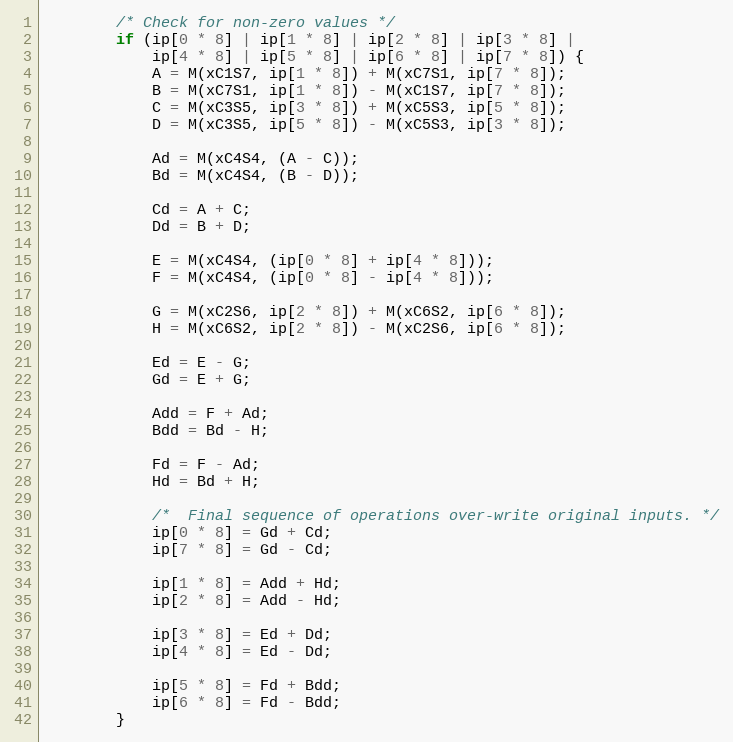
Language: C
        /* Check for non-zero values */
        if (ip[0 * 8] | ip[1 * 8] | ip[2 * 8] | ip[3 * 8] |
            ip[4 * 8] | ip[5 * 8] | ip[6 * 8] | ip[7 * 8]) {
            A = M(xC1S7, ip[1 * 8]) + M(xC7S1, ip[7 * 8]);
            B = M(xC7S1, ip[1 * 8]) - M(xC1S7, ip[7 * 8]);
            C = M(xC3S5, ip[3 * 8]) + M(xC5S3, ip[5 * 8]);
            D = M(xC3S5, ip[5 * 8]) - M(xC5S3, ip[3 * 8]);

            Ad = M(xC4S4, (A - C));
            Bd = M(xC4S4, (B - D));

            Cd = A + C;
            Dd = B + D;

            E = M(xC4S4, (ip[0 * 8] + ip[4 * 8]));
            F = M(xC4S4, (ip[0 * 8] - ip[4 * 8]));

            G = M(xC2S6, ip[2 * 8]) + M(xC6S2, ip[6 * 8]);
            H = M(xC6S2, ip[2 * 8]) - M(xC2S6, ip[6 * 8]);

            Ed = E - G;
            Gd = E + G;

            Add = F + Ad;
            Bdd = Bd - H;

            Fd = F - Ad;
            Hd = Bd + H;

            /*  Final sequence of operations over-write original inputs. */
            ip[0 * 8] = Gd + Cd;
            ip[7 * 8] = Gd - Cd;

            ip[1 * 8] = Add + Hd;
            ip[2 * 8] = Add - Hd;

            ip[3 * 8] = Ed + Dd;
            ip[4 * 8] = Ed - Dd;

            ip[5 * 8] = Fd + Bdd;
            ip[6 * 8] = Fd - Bdd;
        }